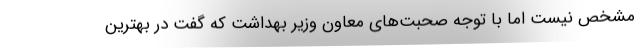
مشخص نیست اما با توجه صحبت‌های معاون وزیر بهداشت که گفت در بهترین